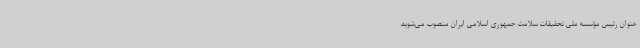
عنوان رئیس مؤسسه ملی تحقیقات سلامت جمهوری اسلامی ایران منصوب می‌شوید